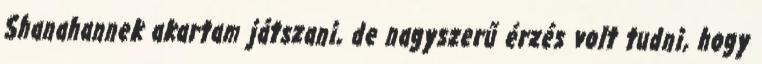
Shanahannek akartam játszani, de nagyszerű érzés volt tudni, hogy